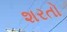
શરતો